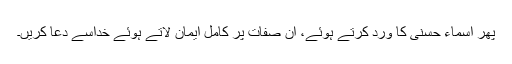
پھر اسماء حسنیٰ کا ورد کرتے ہوئے، ان صفات پر کامل ایمان لاتے ہوئے خداسے دعا کریں۔